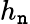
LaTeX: h_{\mathtt{n}}